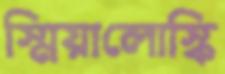
স্মিয়ালোস্কি